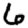
Digit: 6